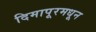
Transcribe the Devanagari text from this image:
दिमापूरमधून